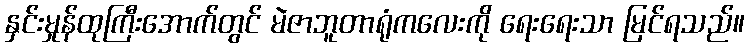
နှင်းမှုန်ထုကြီးအောက်တွင် မဲဇာဘူတာရုံကလေးကို ရေးရေးသာ မြင်ရသည်။